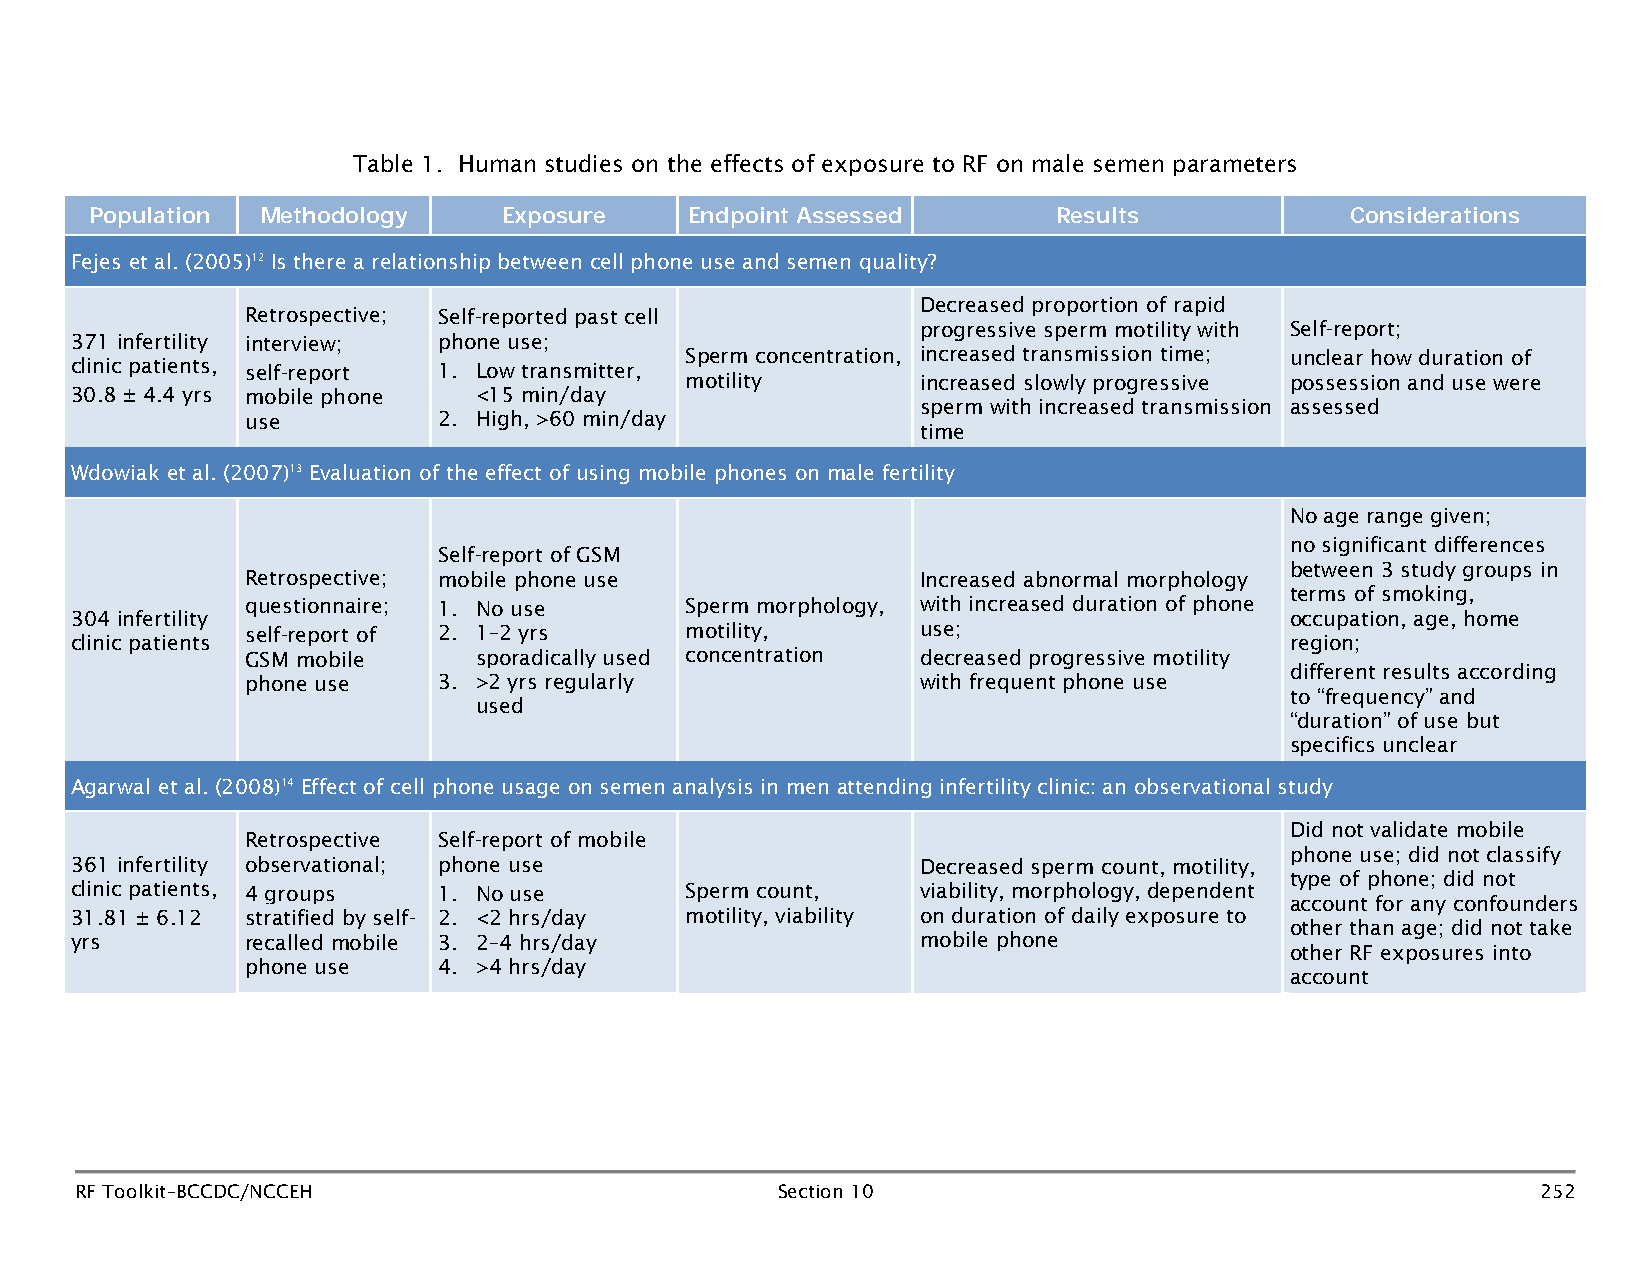
Table 1. Human studies on the effects of exposure to RF on male semen parameters
 Population Methodology     Exposure     Endpoint Assessed       Results            Considerations
 Fejes et al. (2005)12 Is there a relationship between cell phone use and semen quality?
 Decreased proportion of rapid
 Retrospective; Self-reported past cell
 progressive sperm motility with Self-report;
 371 infertility interview; phone use;
 Sperm concentration, increased transmission time; unclear how duration of
 clinic patients, self-report 1. Low transmitter,
 motility        increased slowly progressive possession and use were
 30.8 ± 4.4 yrs mobile phone <15 min/day
 sperm with increased transmission assessed
 use          2. High, >60 min/day
 time
 Wdowiak et al. (2007)13 Evaluation of the effect of using mobile phones on male fertility
 No age range given;
 no significant differences
 Self-report of GSM
 between 3 study groups in
 Retrospective; mobile phone use              Increased abnormal morphology
 terms of smoking,
 questionnaire; 1. No use     Sperm morphology, with increased duration of phone
 304 infertility                                                                 occupation, age, home
 self-report of 2. 1–2 yrs    motility,       use;
 clinic patients                                                                 region;
 GSM mobile     sporadically used concentration decreased progressive motility
 different results according
 phone use    3. >2 yrs regularly             with frequent phone use
 to “frequency” and
 used
 “duration” of use but
 specifics unclear
 Agarwal et al. (2008)14 Effect of cell phone usage on semen analysis in men attending infertility clinic: an observational study
 Did not validate mobile
 Retrospective Self-report of mobile
 phone use; did not classify
 361 infertility observational; phone use                Decreased sperm count, motility,
 type of phone; did not
 clinic patients, 4 groups 1. No use     Sperm count,    viability, morphology, dependent
 account for any confounders
 31.81 ± 6.12 stratified by self- 2. <2 hrs/day motility, viability on duration of daily exposure to
 other than age; did not take
 yrs        recalled mobile 3. 2–4 hrs/day               mobile phone
 other RF exposures into
 phone use    4. >4 hrs/day
 account
 RF Toolkit–BCCDC/NCCEH                        Section 10                                         252